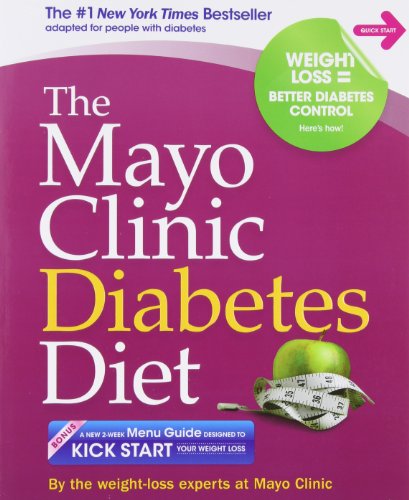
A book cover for The Mayo Clinic Diabetes Diet: The #1 New York Bestseller adapted for people with diabetes; the weight-loss experts at Mayo Clinic; Cookbooks, Food & Wine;